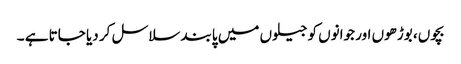
بچوں، بوڑھوں اور جوانوں کو جیلوں میں پابند سلاسل کر دیا جاتا ہے ۔